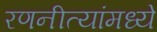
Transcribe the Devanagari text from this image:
रणनीत्यांमध्ये